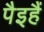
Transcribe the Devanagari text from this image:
पैइहैं